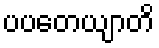
ပပတေယျာတိ